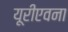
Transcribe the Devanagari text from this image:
यूरीएवना